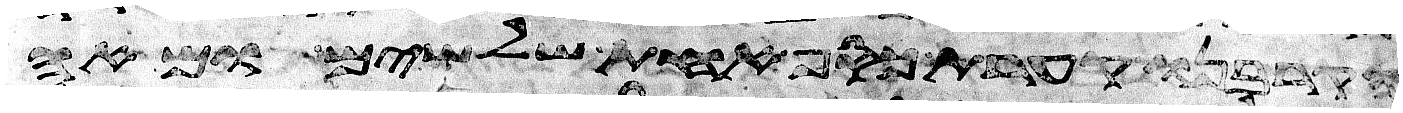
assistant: וקרבנו קערת כסף אחת שלשים ומאה